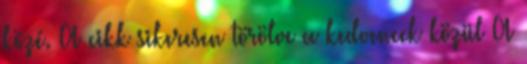
közé. A cikk sikeresen törölve a kedvencek közül A